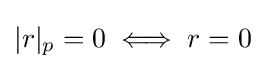
|r|_{p}=0\iff r=0